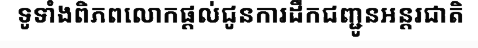
ទូទាំងពិភពលោកផ្តល់ជូនការដឹកជញ្ជូនអន្តរជាតិ